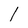
Character: l